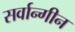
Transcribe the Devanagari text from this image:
सर्वान्गीन